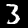
Label: 3